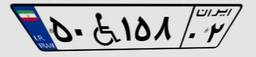
۵۰W۱۵۸۰۲